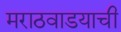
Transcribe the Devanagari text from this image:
मराठवाडयाची